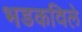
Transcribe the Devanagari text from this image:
भडकविले